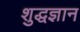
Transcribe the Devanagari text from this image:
शुद्धज्ञान